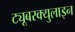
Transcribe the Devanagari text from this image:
ट्यूबरक्युलाइन